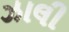
ઝાલી